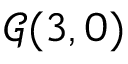
{ \mathcal { G } } ( 3 , 0 )